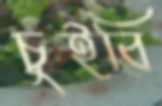
চুইবি